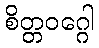
စိတ္တဝဂ္ဂေါ